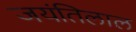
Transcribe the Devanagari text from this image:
जयंतिलाल